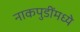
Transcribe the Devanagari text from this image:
नाकपुडींमध्ये